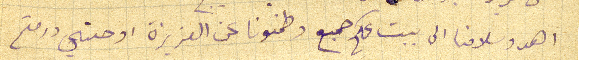
اهدو سلامنا الى بيت عمكم جميع وطمنونا عن العزيزة اوجني ودمتم